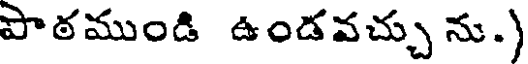
పొఠముండి ఉండవచ్చు ను.)